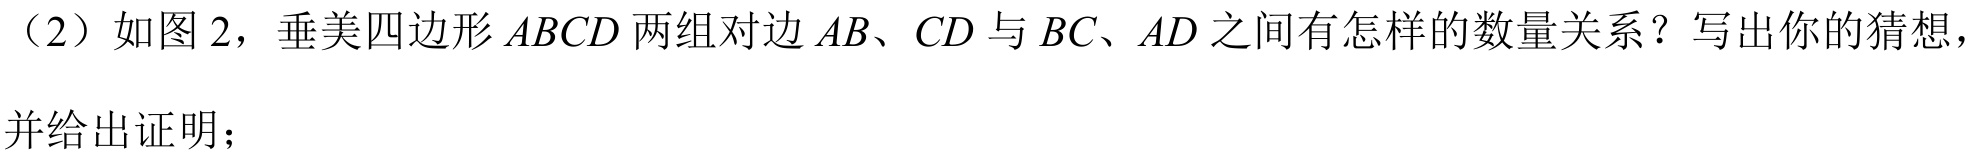
（2）如图2，垂美四边形\(ABCD\)两组对边\(AB、CD\)与\(BC、AD\)之间有怎样的数量关系？写出你的猜想，
并给出证明；